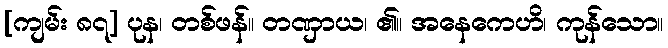
[ကျမ်း ၈၇] ပုန၊ တစ်ဖန်။ တဏှာယ၊ ၏။ အနေကေဟိ၊ ကုန်သော။